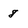
Character: 8